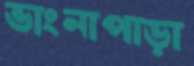
ভাংনাপাড়া